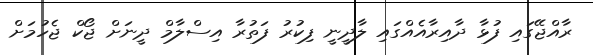
ރާއްޖޭގައި ފުޅާ ދާއިރާއެއްގައި ލާދީނީ ފިކުރު ފަތުރާ އިސްލާމް ދީނަށް ޖޯކް ޖެހުމަށް